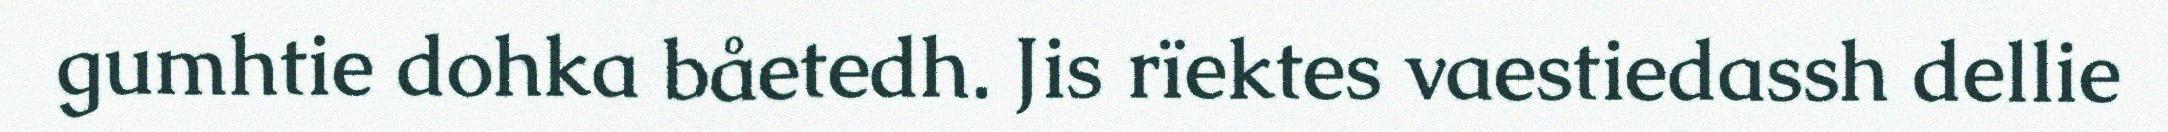
gumhtie dohka båetedh. Jis rïektes vaestiedassh dellie